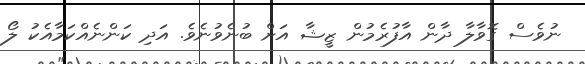
ނުވެސް ގޮވާލާ ދާން އާފުރެމުން ޒީޝާ އަށް ބުނެވުނެވެ. އަދި ކަންނެއްކަމާއެކު ލޯ